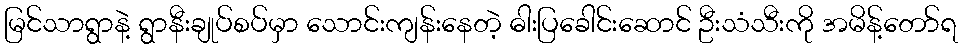
မြင်သာရွာနဲ့ ရွာနီးချုပ်စပ်မှာ သောင်းကျန်းနေတဲ့ ဓါးပြခေါင်းဆောင် ဦးသံသီးကို အမိန့်တော်ရ